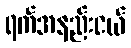
ရက်အနည်းငယ်